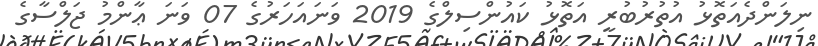
ނިލަންދެއަތޮޅު އުތުރުބުރީ އަތޮޅު ކައުންސިލްގެ 2019 ވަނައަހަރުގެ 07 ވަނަ ޢާންމު ޖަލްސާގެ